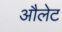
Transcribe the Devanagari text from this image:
औलेट